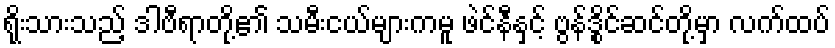
ရိုးသားသည့် ဒါဗီရာတို့၏ သမီးငယ်များကမူ ဖဲင်နီနှင့် ဗွန်ဒွိုင်ဆင်တို့မှာ လက်ထပ်